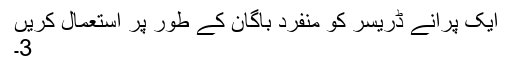
ایک پرانے ڈریسر کو منفرد باگان کے طور پر استعمال کریں
3۔